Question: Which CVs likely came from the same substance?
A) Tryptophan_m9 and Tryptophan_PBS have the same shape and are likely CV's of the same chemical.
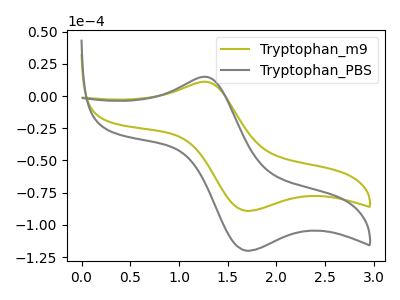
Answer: <think>The olive curve "Tryptophan_m9" has an anodic peak at (1.25V, 11.10uA) and a cathodic peak at (1.70V, -89.05uA). The gray curve "Tryptophan_PBS" has an anodic peak at (1.25V, 14.95uA) and a cathodic peak at (1.70V, -119.95uA).
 All the peaks in "Tryptophan_m9" have a peak in "Tryptophan_PBS" at the same potential. Every peak in "Tryptophan_m9" is lower than every peak in "Tryptophan_PBS".</think>
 <answer>A) "Tryptophan_m9" and "Tryptophan_PBS" have the same shape and are likely CV's of the same chemical.</answer>
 <eval>A</eval>